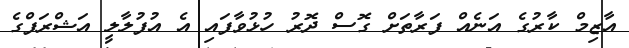
އާޒިމް ކާރުގެ އަނެއް ފަރާތަށް ގޮސް ދޮރު ހުޅުވާފައި އެ އުފުލާލީ އަޝްރަފްގެ